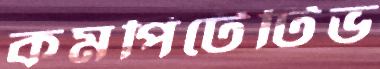
কমপিটেটিভ